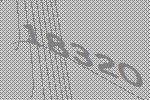
18320